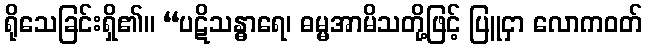
ရိုသေခြင်းရှိ၏။ “ပဋိသန္ဓာရေ၊ ဓမ္မအာမိသတို့ဖြင့် ပြူငှာ လောကဝတ်